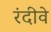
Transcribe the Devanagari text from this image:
रंदीवे